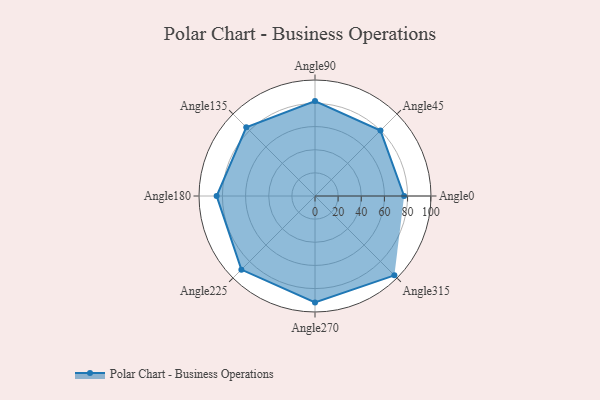
{"axis": {"x": "Angle", "y": "Radius"}, "legend": [""], "data": [{"x": "Angle0", "y": 77.0, "type": ""}, {"x": "Angle45", "y": 80.0, "type": ""}, {"x": "Angle90", "y": 82.0, "type": ""}, {"x": "Angle135", "y": 84.0, "type": ""}, {"x": "Angle180", "y": 85.0, "type": ""}, {"x": "Angle225", "y": 90.0, "type": ""}, {"x": "Angle270", "y": 92.0, "type": ""}, {"x": "Angle315", "y": 97.0, "type": ""}]}